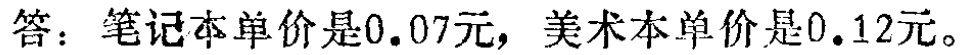
答：笔记本单价是\(0.07\)元，美术本单价是\(0.12\)元。